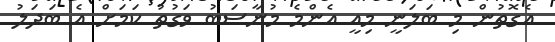
އެގޮތުން މި ބަލަނީ މިއީ އެންމެ މުނާސަބު ވަގުތު ކަމަށް އެ ބަދަލު